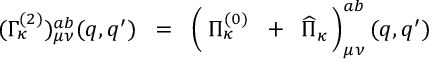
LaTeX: ( \Gamma _ { \kappa } ^ { ( 2 ) } ) _ { \mu \nu } ^ { a b } ( q , q ^ { \prime } ) \; \; = \; \; \left( \frac { } { } \Pi _ { \kappa } ^ { ( 0 ) } \; \; + \; \; \widehat { \Pi } _ { \kappa } \, \right) _ { \mu \nu } ^ { a b } ( q , q ^ { \prime } )